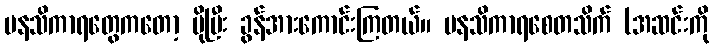
မနသိကာရတွေကတော့ ပိုပြီး ခွန်အားကောင်းကြတယ်။ မနသိကာရစေတသိက် (အဆင်းကို